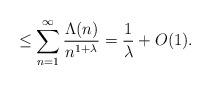
LaTeX: \begin{align*} \le \sum_{n=1}^{\infty} \frac{\Lambda(n)}{n^{1+\lambda}} = \frac{1}{\lambda} +O(1).\end{align*}